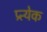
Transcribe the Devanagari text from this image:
प्र्त्येक